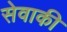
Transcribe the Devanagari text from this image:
सेवाकी